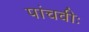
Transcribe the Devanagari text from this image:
पांचवीः